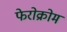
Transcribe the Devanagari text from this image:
फेरोक्रोम